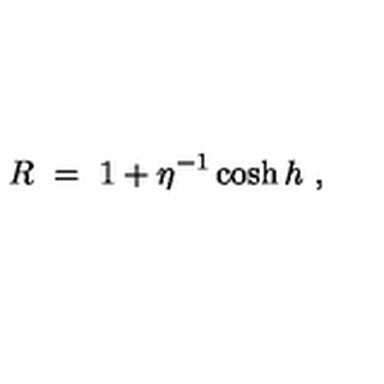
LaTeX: R \ = \ 1 + \eta ^ { - 1 } \cosh h \ ,